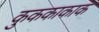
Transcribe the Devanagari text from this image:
कुककाकाक